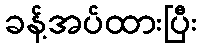
ခန့်အပ်ထားပြီး